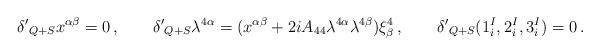
LaTeX: \begin{align*}{\delta'}_{Q+S} x^{\alpha \beta} = 0\,, \qquad {\delta'}_{Q+S} \lambda^{4\alpha} = (x^{\alpha \beta} + 2i A_{44} \lambda^{4 \alpha} \lambda^{4 \beta})\xi^4_\beta \,, \qquad {\delta'}_{Q+S} (1^I_i,2^I_i,3^I_i) =0 \, .\end{align*}